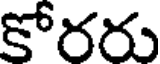
కోరరు